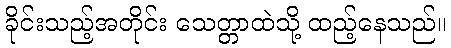
ခိုင်းသည့်အတိုင်း သေတ္တာထဲသို့ ထည့်နေသည်။